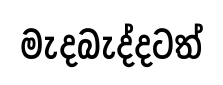
මැදබැද්දටත්